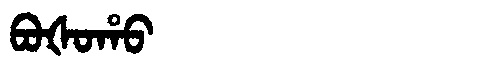
Manchu: ᠪᠣᡧᠣᡥᠣ
Romanization: BOŠOHO